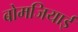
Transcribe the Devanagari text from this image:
बोमजियाई